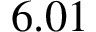
6 . 0 1